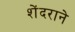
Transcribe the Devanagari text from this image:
शेंदराने